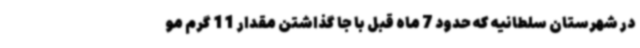
در شهرستان سلطانیه که حدود 7 ماه قبل با جا گذاشتن مقدار 11 گرم مو